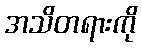
အသိတရားကို